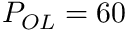
P _ { O L } = 6 0 \